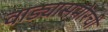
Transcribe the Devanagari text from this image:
वाड्यासमोरची